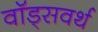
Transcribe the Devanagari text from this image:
वॉड्सवर्थ